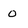
Character: 0